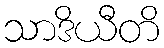
သာဒိယီတိ